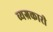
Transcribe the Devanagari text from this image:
व्यग्रकारी